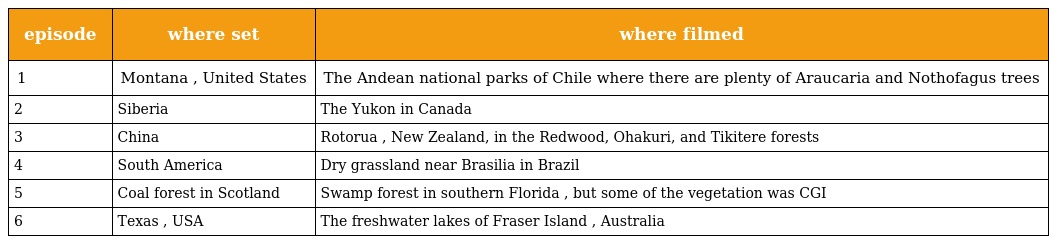
| episode | where set | where filmed |
 | --- | --- | --- |
 | 1 | Montana , United States | The Andean national parks of Chile where there are plenty of Araucaria and Nothofagus trees |
 | 2 | Siberia | The Yukon in Canada |
 | 3 | China | Rotorua , New Zealand, in the Redwood, Ohakuri, and Tikitere forests |
 | 4 | South America | Dry grassland near Brasilia in Brazil |
 | 5 | Coal forest in Scotland | Swamp forest in southern Florida , but some of the vegetation was CGI |
 | 6 | Texas , USA | The freshwater lakes of Fraser Island , Australia |